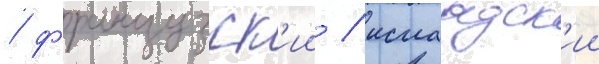
/ французск'ии / исландск'ии